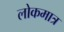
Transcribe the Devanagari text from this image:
लोकमात्र